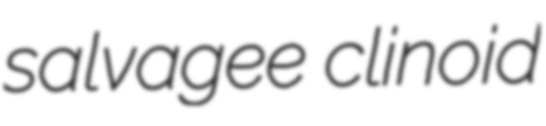
salvagee clinoid